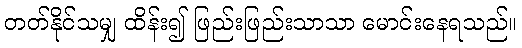
တတ်နိုင်သမျှ ထိန်း၍ ဖြည်းဖြည်းသာသာ မောင်းနေရသည်။